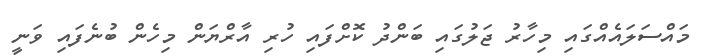
މައްސަލައެއްގައި މިހާރު ޖަލުގައި ބަންދު ކޮށްފައި ހުރި އާރްޔަން މިހެން ބުނެފައި ވަނީ